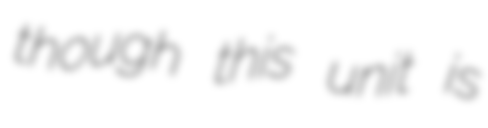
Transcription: though this unit is